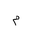
Letter: _mim